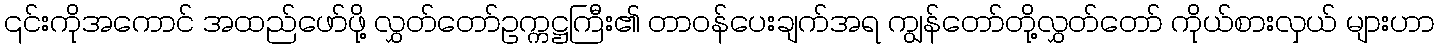
၎င်းကိုအကောင် အထည်ဖော်ဖို့ လွှတ်တော်ဥက္ကဋ္ဌကြီး၏ တာဝန်ပေးချက်အရ ကျွန်တော်တို့လွှတ်တော် ကိုယ်စားလှယ် များဟာ